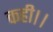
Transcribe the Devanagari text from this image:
कही।।